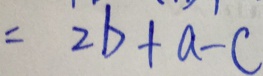
= 2 b + a - c